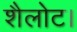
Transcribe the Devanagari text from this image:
शैलोट।